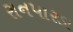
રાનપારડા